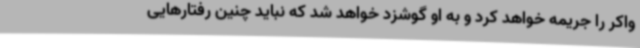
واکر را جریمه خواهد کرد و به او گوشزد خواهد شد که نباید چنین رفتارهایی